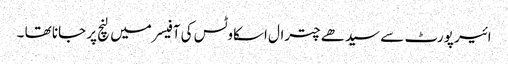
ائیر پورٹ سے سیدھے چترال اسکاوٹس کی آفیسر میں لنچ پر جانا تھا ۔